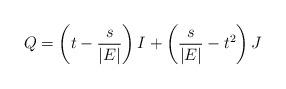
LaTeX: \begin{align*} Q= \left(t-\frac{s}{|E|}\right)I +\left(\frac{s}{|E|}-t^2\right)J\end{align*}